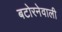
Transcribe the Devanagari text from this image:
बटोरनेवाली